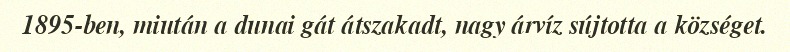
1895-ben, miután a dunai gát átszakadt, nagy árvíz sújtotta a községet.